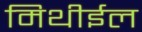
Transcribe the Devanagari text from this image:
मिथीईल